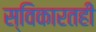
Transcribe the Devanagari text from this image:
स्विकारतही